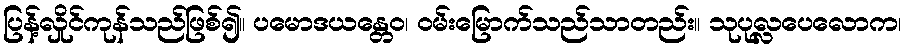
ပြန့်လှိုင်ကုန်သည်ဖြစ်၍။ ပမောဒယန္တေဝ၊ ဝမ်းမြောက်သည်သာတည်း။ သုပုလ္လပေလောက၊